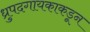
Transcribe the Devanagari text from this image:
ध्रुपदगायकाकडून